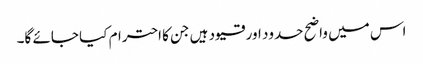
اس میں واضح حدود اور قیود ہیں جن کا احترام کیا جائے گا۔